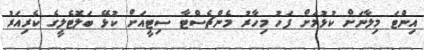
އިންޓަ މިލާނަށް ކުޅުމަށް ފަހު މިހާރު މެންޗެސްޓާ ސިޓީއަށް ކުޅޭ ބަލޮޓެލީގެ ކެރިއަރު